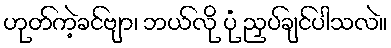
ဟုတ်ကဲ့ခင်ဗျာ၊ ဘယ်လို ပုံ ညှပ်ချင်ပါသလဲ။